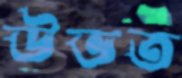
উভত